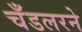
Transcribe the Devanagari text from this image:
चँडलरने